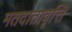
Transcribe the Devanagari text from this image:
मतदातावृत्ति